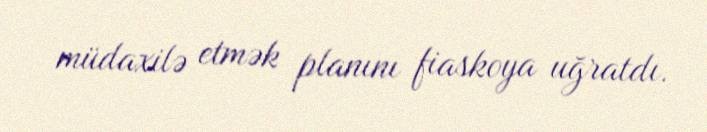
müdaxilə etmək planını fiaskoya uğratdı.